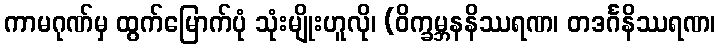
ကာမဂုဏ်မှ ထွက်မြောက်ပုံ သုံးမျိုးဟူလို၊ (ဝိက္ခမ္ဘနနိဿရဏ၊ တဒင်္ဂနိဿရဏ၊